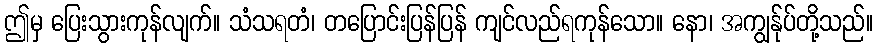
ဤမှ ပြေးသွားကုန်လျက်။ သံသရတံ၊ တပြောင်းပြန်ပြန် ကျင်လည်ရကုန်သော။ နော၊ အကျွန်ုပ်တို့သည်။